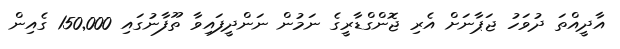
އާދީއްތަ ދުވަހު ޖަޕާނަށް އެރި ޖޮންގްޑާރީގެ ނަމުން ނަންދީފައިވާ ތޫފާނުގައި 150